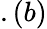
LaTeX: .(b)